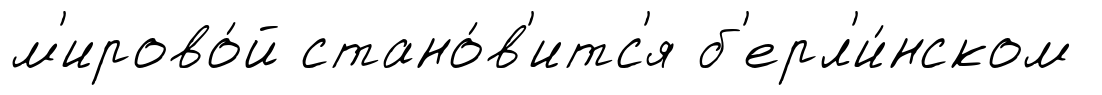
м'ирово́й стано́в'итс'я б'ерл'и́нском